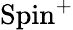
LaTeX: \operatorname{Spin}^{+}